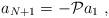
LaTeX: \begin{align*}a_{N+1}=-\mathcal{P}a_1\ ,\end{align*}